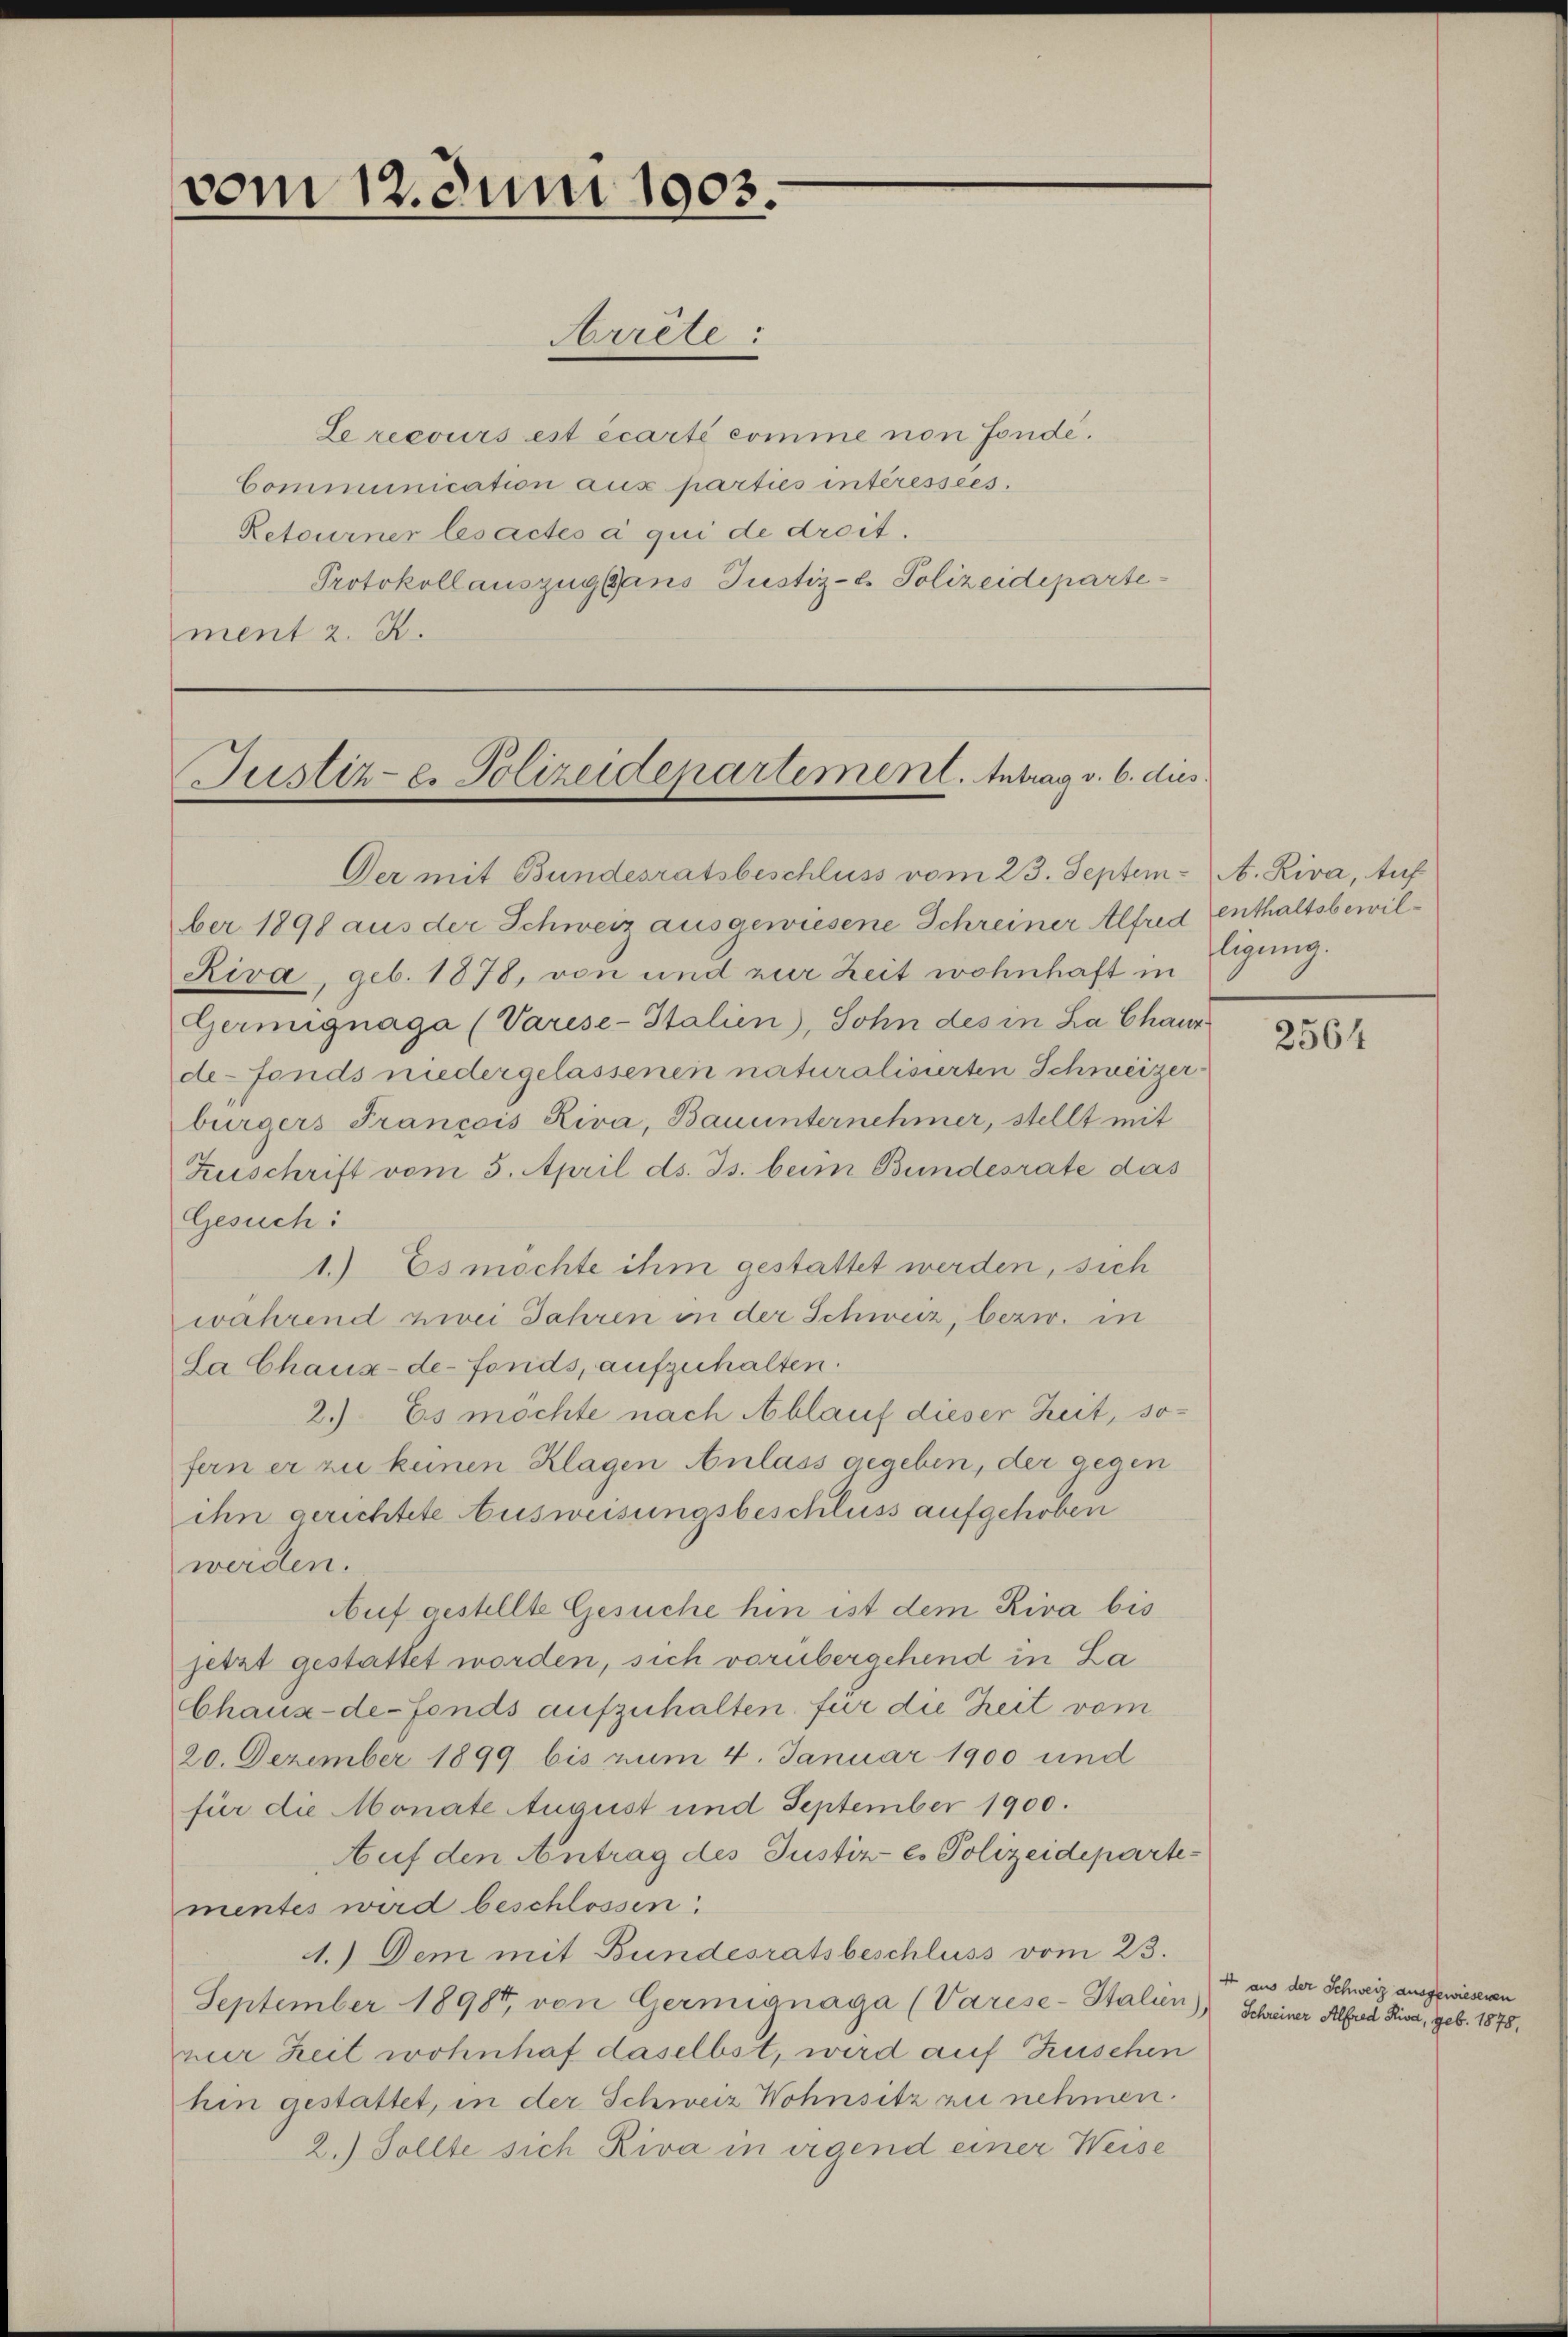
vom 12. Juni 1903.

Le recours est écarte comme von Fonde.
Communication aus parties intéressées.
Retourner lesactes à qui de droit.
Protokoll auszug aus Justiz- & Polizeideparte
ment z. B.

Arrête:

Justiz- e. Polizeidepartement. Antrag v. 6. dies

Der mit Bundesratsbeschluss vom 23. Septem. A. Riva, tuf
ber 1898 aus der Schweiz ausgewiesene Schreiner Alfred enthaltsbewil¬
Riva, geb. 1878, von und zur Zeit wohnhaft in
Germignaga (Varese-Italien), Sohn des in La Chaur
de-Fonds niedergelassenen naturalisierten Schweizerburgers Francois Riva, Bauunternehmer, stellt mit
Zuschrift vom 5. April ds. Js. beim Bundesrate das
Gesuch:
1.) Es möchte ihm gestattet werden, sich
während zwei Jahren in der Schweiz, bezw. in
La Chaux-de-Fonds, aufzuhalten.
2.) Es möchte nach Ablauf dieser Zeit, sofern er zu keinen Klagen Anlass gegeben, der gegen
ihn gerichtete Ausweisungsbeschluss aufgehoben
werden.
Auf gestellte Gesuche hin ist dem Riva bis
jetzt gestattet worden, sich vorübergehend in La
Chaux-de-Fonds aufzuhalten für die Zeit vom
20. Dezember 1899 bis zum 4. Januar 1900 und
für die Monate August und September 1900.
Auf den Antrag des Justiz es Polizeidepartementes wird beschlossen:
1.) Dem mit Bundesratsbeschluss vom 23.
September 1898, von Germignaga (Varese-Italien) Scheiner Alfred Sina, geb. 1878,
vier Zeit wohnhaf daselbst, wird auf Zuschen
hin gestattet, in der Schweiz Wohnsitz zu nehmen.
2.) Sollte sich Riva in irgend einer Weise

fligung.

2564

4 aus der Schweiz ausgewiesenen